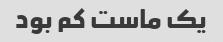
یک ماست کم بود